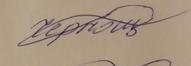
Signature authenticity: forged